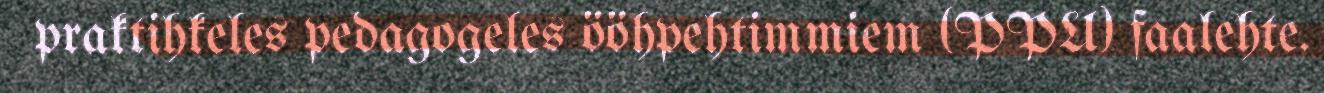
praktihkeles pedagogeles ööhpehtimmiem (PPU) faalehte.